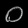
Digit: ၀